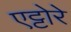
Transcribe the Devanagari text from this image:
एट्टोरे